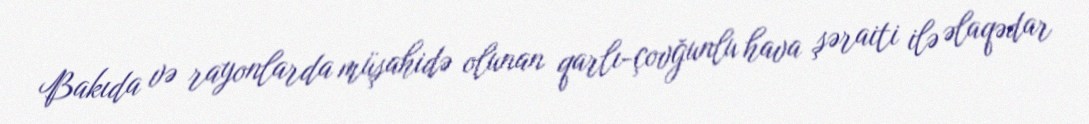
Bakıda və rayonlarda müşahidə olunan qarlı-çovğunlu hava şəraiti ilə əlaqədar